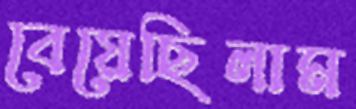
বেয়েছিলাম